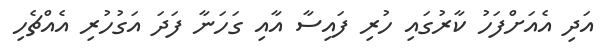
އަދި އެއަށްފަހު ކާރުގައި ހުރި ފައިސާ އާއި ގަހަނާ ފަދަ އަގުހުރި އެއްޗެހި